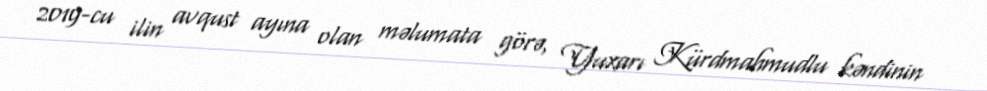
2019-cu ilin avqust ayına olan məlumata görə, Yuxarı Kürdmahmudlu kəndinin